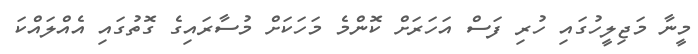
މީނާ މަޖިލީހުގައި ހުރި ފަސް އަހަރަށް ކޮންމެ މަހަކަށް މުސާރައިގެ ގޮތުގައި އެއްލައްކަ